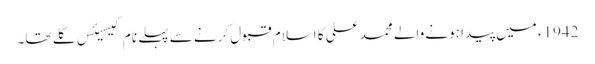
1942ء میں پیدا ہونے والے محمد علی کا اسلام قبول کرنے سے پہلے نام کیسیئس کلے تھا۔